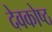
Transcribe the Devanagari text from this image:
देवकोष्ठ